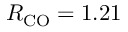
R _ { \mathrm { C O } } = 1 . 2 1